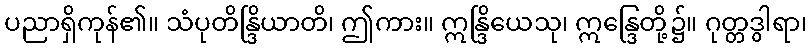
ပညာရှိကုန်၏။ သံပုတိန္ဒြိယာတိ၊ ဤကား။ ဣန္ဒြိယေသု၊ ဣန္ဒြေတို့၌။ ဂုတ္တဒွါရာ၊